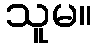
သူမ။